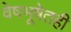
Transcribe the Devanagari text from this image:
वेषभूषेतही